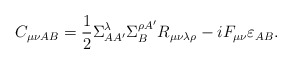
\begin{align*}C_{\mu \nu AB}{}=\frac{1}{2}\Sigma _{AA^{\prime }}^{\lambda }{}\Sigma_{B}^{\rho A^{\prime }}R_{\mu \nu \lambda \rho }{}-iF_{\mu \nu }\varepsilon_{AB}. \end{align*}